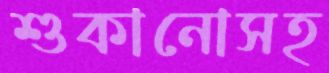
শুকানোসহ